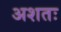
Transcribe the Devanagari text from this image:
अशतः